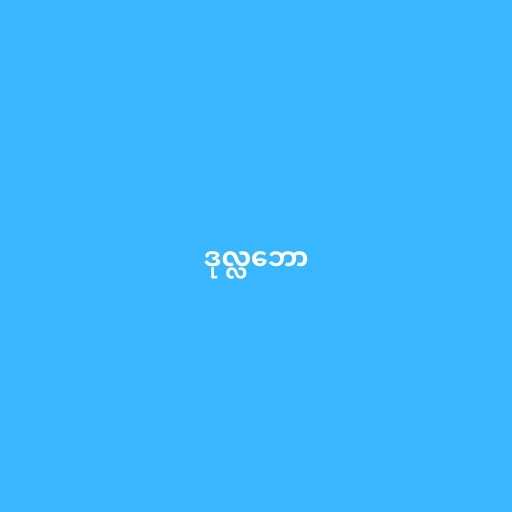
ဒုလ္လဘော